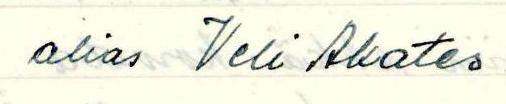
alias Veli Akates